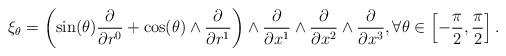
LaTeX: \begin{gather*}\xi_\theta=\left(\mathrm{sin}(\theta)\frac{\partial}{\partial r^0}+\mathrm{cos}(\theta)\wedge \frac{\partial}{\partial r^1}\right)\wedge\frac{\partial}{\partial x^1}\wedge\frac{\partial}{\partial x^2}\wedge\frac{\partial}{\partial x^3},\forall \theta\in\left[-\frac{\pi}{2},\frac{\pi}{2}\right].\end{gather*}